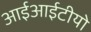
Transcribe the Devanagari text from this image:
आईआईटीयो